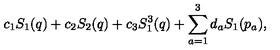
c _ { 1 } S _ { 1 } ( q ) + c _ { 2 } S _ { 2 } ( q ) + c _ { 3 } S _ { 1 } ^ { 3 } ( q ) + \sum _ { a = 1 } ^ { 3 } d _ { a } S _ { 1 } ( p _ { a } ) ,